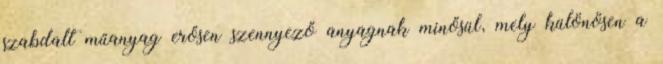
szabdalt műanyag erősen szennyező anyagnak minősül, mely különösen a